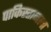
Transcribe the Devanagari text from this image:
पाकिस्तानला